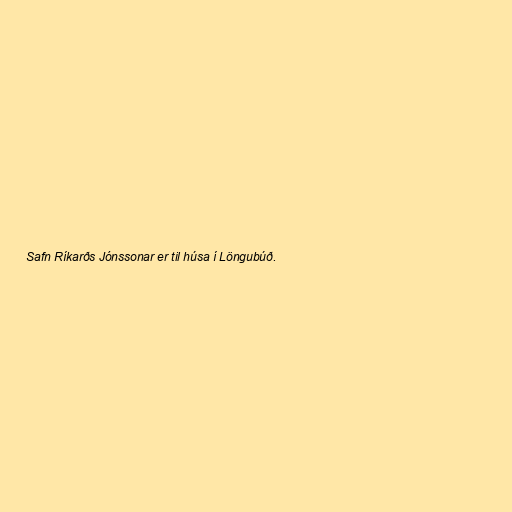
Safn Ríkarðs Jónssonar er til húsa í Löngubúð.